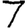
Digit: 7